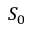
S _ { 0 }